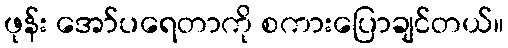
ဖုန်း အော်ပရေတာကို စကားပြောချင်တယ်။